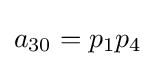
a_{30}=p_{1}p_{4}